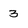
Character: 3